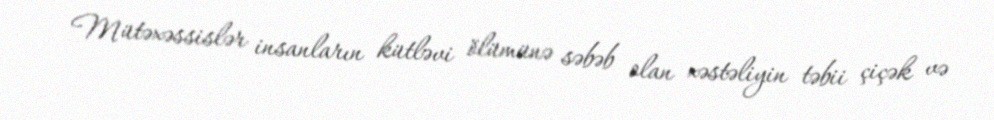
Mütəxəssislər insanların kütləvi ölümünə səbəb olan xəstəliyin təbii çiçək və